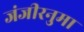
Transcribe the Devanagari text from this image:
जंजीरनुमा